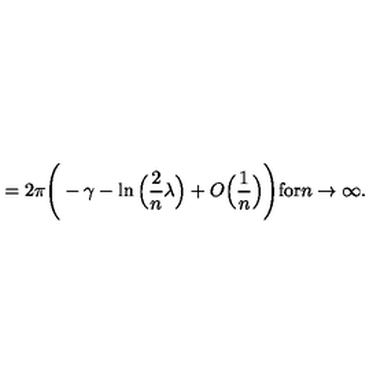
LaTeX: = 2 \pi \Bigg ( - \gamma - \ln \Big ( \frac { 2 } { n } \lambda \Big ) + O \Big ( \frac { 1 } { n } \Big ) \Bigg ) \mathrm { f o r } n \rightarrow \infty .